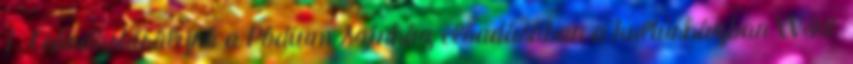
7. Csárdáskirálynő a Pódium Színház előadásában a kultúrházban XVII.